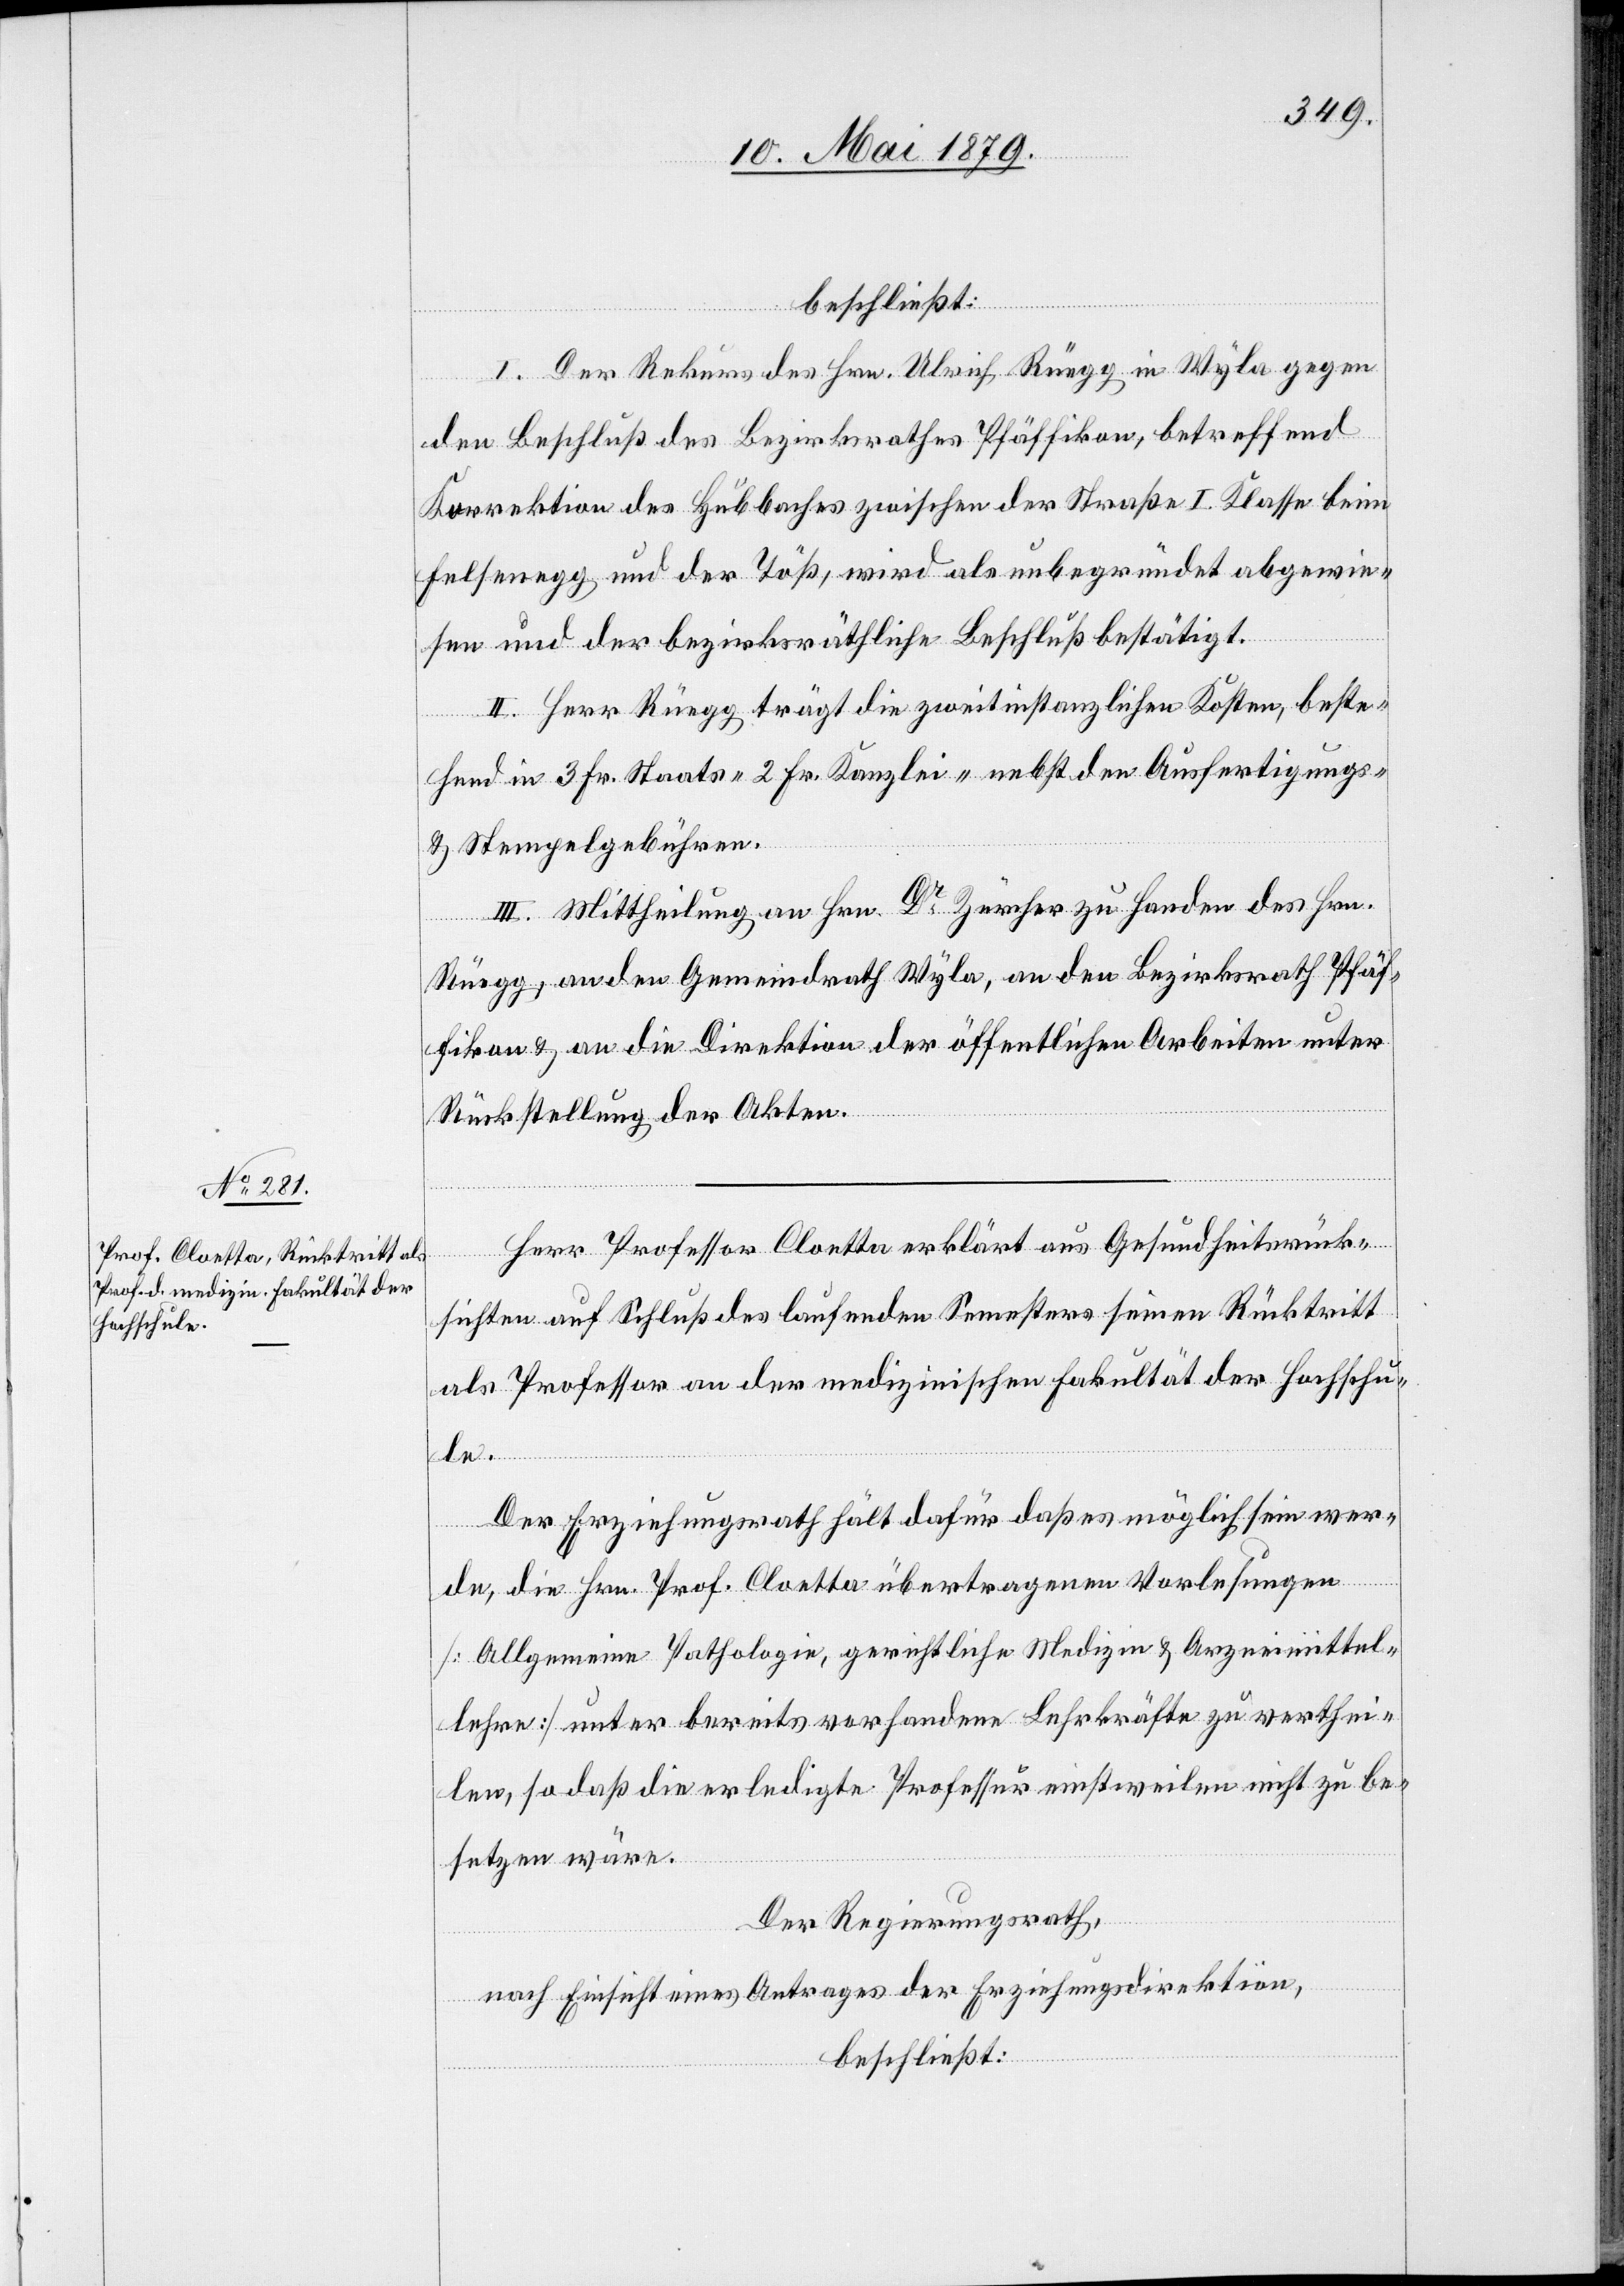
beschließt:
I. Der Rekurs des Hrn. Ulrich Rüegg in Wyla gegen
den Beschluß des Bezirksrathes Pfäffikon, betreffend
Korrektion des Hubbaches zwischen der Straße I. Klasse beim
Felsenegg und der Töß, wird als unbegründet abgewie¬
sen und der bezirksräthliche Beschluß bestätigt.
II. Herr Rüegg trägt die zweitinstanzlichen Kosten, beste¬
hend in 3 Fr. Staats- 2 Fr. Kanzlei- nebst den Ausfertigungs-
& Stempelgebühren.
III. Mittheilung an Hrn. Dr Zürcher zu Handen des Hrn.
Rüegg, an den Gemeindrath Wyla, an den Bezirksrath Pfäf¬
fikon & an die Direktion der öffentlichen Arbeiten unter
Rückstellung der Akten.
Herr Professor Cloetta erklärt aus Gesundheitsrück¬
sichten auf Schluß des laufenden Semesters seinen Rücktritt
als Professor an der medizinischen Fakultät der Hochschu¬
le.
Der Erziehungsrath hält dafür daß es möglich sein wer¬
de, die Hrn. Prof. Cloetta übertragenen Vorlesungen
[Allgemeine Pathologie, gerichtliche Medizin & Arzneimittel¬
lehre] unter bereits vorhandene Lehrkräfte zu verthei¬
len, so daß die erledigte Professur einstweilen nicht zu be¬
setzen wäre.
Der Regierungsrath,
nach Einsicht eines Antrages der Erziehungsdirektion,
beschließt: